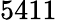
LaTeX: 5411